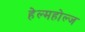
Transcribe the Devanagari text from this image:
हेल्महोल्ज